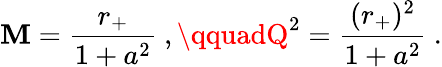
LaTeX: \mathbf{M}={\frac{{r_{+}}}{{1+a^{2}}}}\ ,\qquadQ^{2}={\frac{{(r_{+})^{2}}}{{1+a^{2}}}}\ .